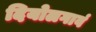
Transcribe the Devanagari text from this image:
दियोलगावं